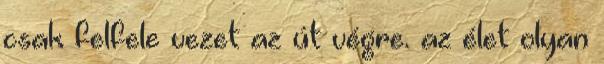
csak felfele vezet az út végre. az élet olyan